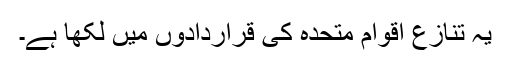
یہ تنازع اقوام متحدہ کی قراردادوں میں لکھا ہے۔